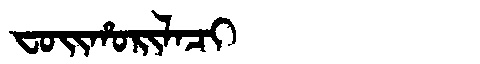
Manchu: ᠸᠣᡳᡥᠣᡵᡳᠯᠠᠴᡳ
Romanization: FOIHORILACI